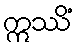
ဣဿိံ